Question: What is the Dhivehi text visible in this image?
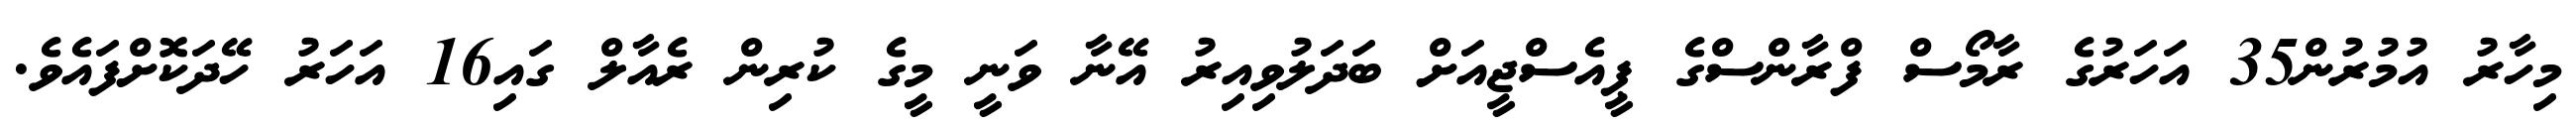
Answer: މިހާރު އުމުރުން35 އަހަރުގެ ރާމޯސް ފްރާންސްގެ ޕީއެސްޖީއަށް ބަދަލުވިއިރު އޭނާ ވަނީ މީގެ ކުރިން ރެއާލް ގައި16 އަހަރު ހޭދަކޮށްފައެވެ.